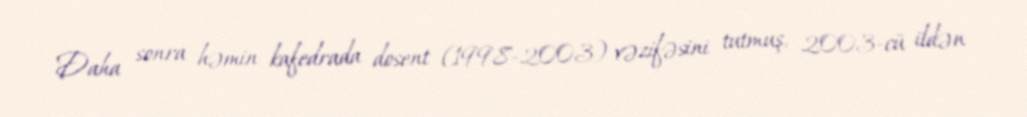
Daha sonra həmin kafedrada dosent (1998-2003) vəzifəsini tutmuş, 2003-cü ildən